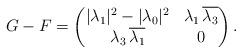
LaTeX: \begin{align*} G - F = \begin{pmatrix} |\lambda_1|^2 - |\lambda_0|^2 & \lambda_1\, \overline{\lambda_3} \\ \lambda_3\, \overline{ \lambda_1} & 0\end{pmatrix} .\end{align*}